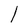
Character: l